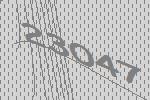
23047